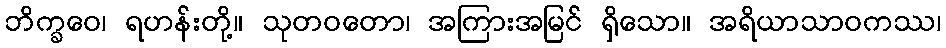
ဘိက္ခဝေ၊ ရဟန်းတို့။ သုတဝတော၊ အကြားအမြင် ရှိသော။ အရိယာသာဝကဿ၊